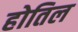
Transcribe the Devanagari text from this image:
होतिल